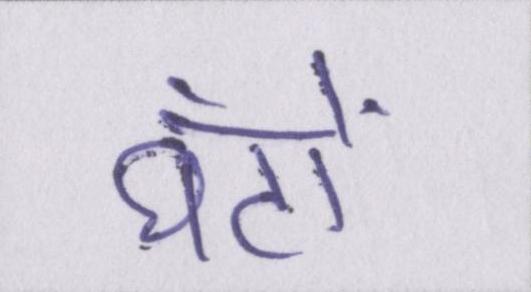
घंटों